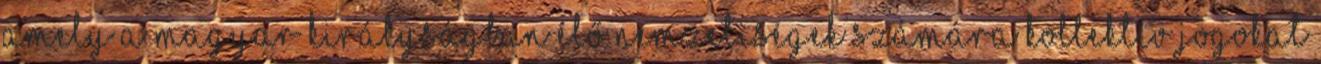
amely a magyar királyságban élő nemzetiségek számára kollektív jogokat